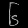
Digit: ၆